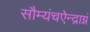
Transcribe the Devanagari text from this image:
सौम्यंचऐन्द्राग्नं